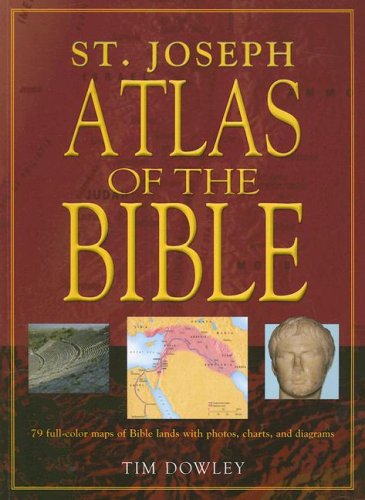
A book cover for Saint Joseph Atlas of the Bible; Tim Dowley; Christian Books & Bibles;